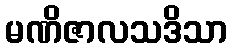
မဏိဇာလသဒိသာ